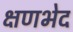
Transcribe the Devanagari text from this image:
क्षणभेद